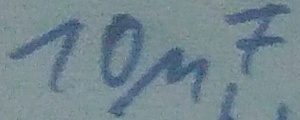
Text: 10µF